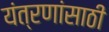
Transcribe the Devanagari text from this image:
यंत्रणांसाठी